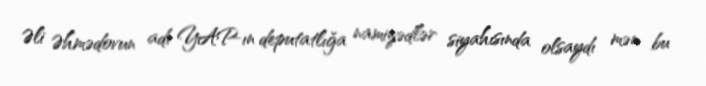
Əli Əhmədovun adı YAP-ın deputatlığa namizədlər siyahısında olsaydı mən bu